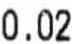
0.02